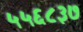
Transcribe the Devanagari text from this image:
५५६८३७